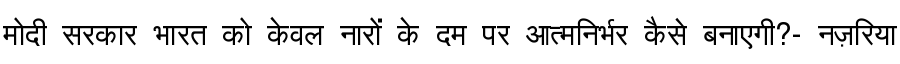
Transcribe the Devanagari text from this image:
मोदी सरकार भारत को केवल नारों के दम पर आत्मनिर्भर कैसे बनाएगी?- नज़रिया